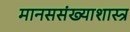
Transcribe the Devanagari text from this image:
मानससंख्याशास्त्र